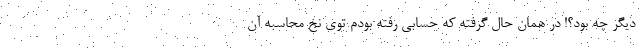
دیگر چه بود؟! در همان حال گرفته که حسابی رفته بودم توی نخ محاسبه آن